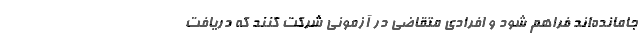
جامانده‌اند فراهم شود و افرادی متقاضی در آزمونی شرکت کنند که دریافت